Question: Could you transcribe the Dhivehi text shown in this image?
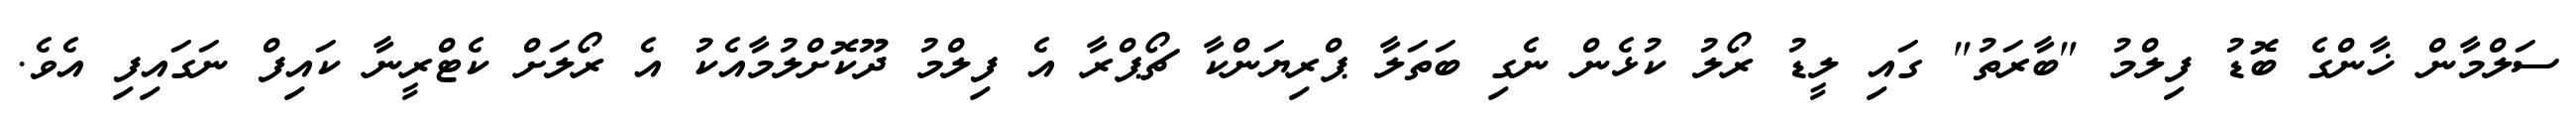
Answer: ސަލްމާން ޚާންގެ ބޮޑު ފިލްމު "ބާރަތު" ގައި ލީޑު ރޯލު ކުޅެން ނެގި ބަތަލާ ޕްރިޔަންކާ ޗޯޕްރާ އެ ފިލްމު ދޫކޮށްލުމާއެކު އެ ރޯލަށް ކެޓްރީނާ ކައިފް ނަގައިފި އެވެ.